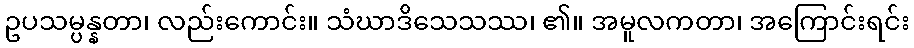
ဥပသမ္ပန္နတာ၊ လည်းကောင်း။ သံဃာဒိသေသဿ၊ ၏။ အမူလကတာ၊ အကြောင်းရင်း